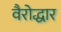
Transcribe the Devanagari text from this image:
वैरोद्धार